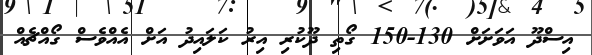
އިސްދޫ އަވަށަށް 130-150 ގޯތި ދޫކުރި އިރު ކަލައިދު އަށް އެއްވެސް ގޯއްޗެއް